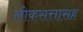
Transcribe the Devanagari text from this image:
लोकसत्तासह